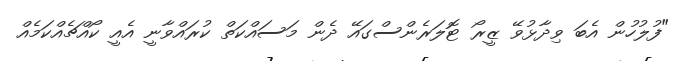
"ފުލުހުން އެބަ ވިދާޅުވޭ ޒީރޯ ޓޮލަރެންސްގައޭ ދެން މަސައްކަތް ކުރައްވާނީ އެއީ ކޯއްޗެއްކަމެއް